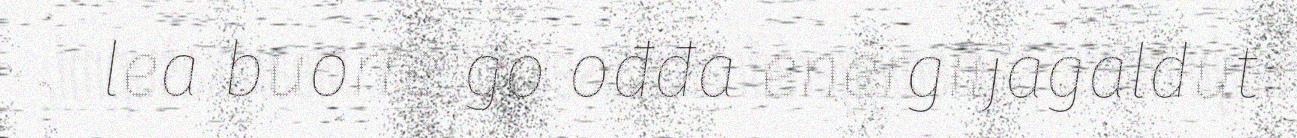
lea buorre go ođđa energiijagáldut